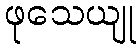
ဖုသေယျု